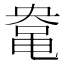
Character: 𱌀